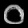
Digit: ၀